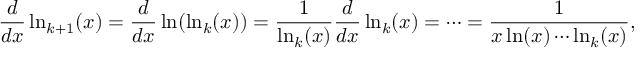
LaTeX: { \frac { d } { d x } } \ln _ { k + 1 } ( x ) = { \frac { d } { d x } } \ln ( \ln _ { k } ( x ) ) = { \frac { 1 } { \ln _ { k } ( x ) } } { \frac { d } { d x } } \ln _ { k } ( x ) = \cdots = { \frac { 1 } { x \ln ( x ) \cdots \ln _ { k } ( x ) } } ,